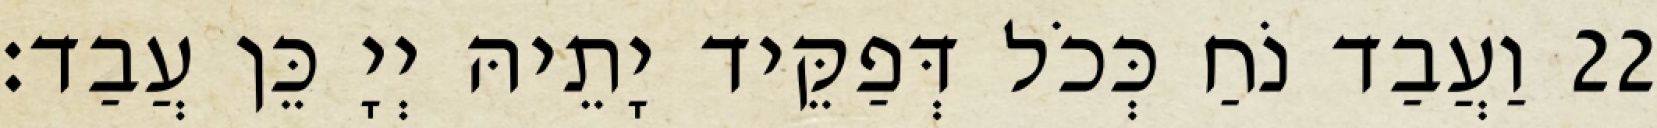
22 וַעֲבַד נֹחַ כְּכֹל דְּפַקֵּיד יָתֵיהּ יְיָ כֵּן עֲבַד׃